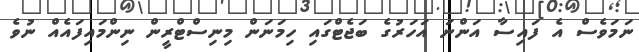
ނަމަވެސް އެ ފައިސާ އަންނަ އަހަރުގެ ބަޖެޓްގައި ހިމަނަން މިނިސްޓްރީން ނިންމައިފައެއް ނުވެ